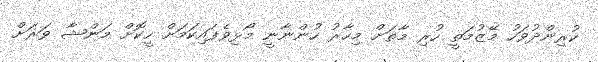
ކުރިންދުވަހު މޭޒުމަތީ ހުރި މާތަށް މިހާރު ހުންނާނީ މޯޅިވެފައިކަމަށް ހީކޮށް މަންޝާ ވަރަށް